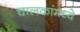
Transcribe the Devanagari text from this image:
चालकांमध्ये